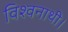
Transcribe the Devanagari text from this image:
विश्वनाथी।